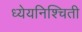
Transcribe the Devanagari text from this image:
ध्येयनिश्चिती